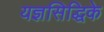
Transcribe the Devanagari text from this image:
यज्ञसिद्धिके